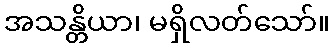
အသန္တိယာ၊ မရှိလတ်သော်။